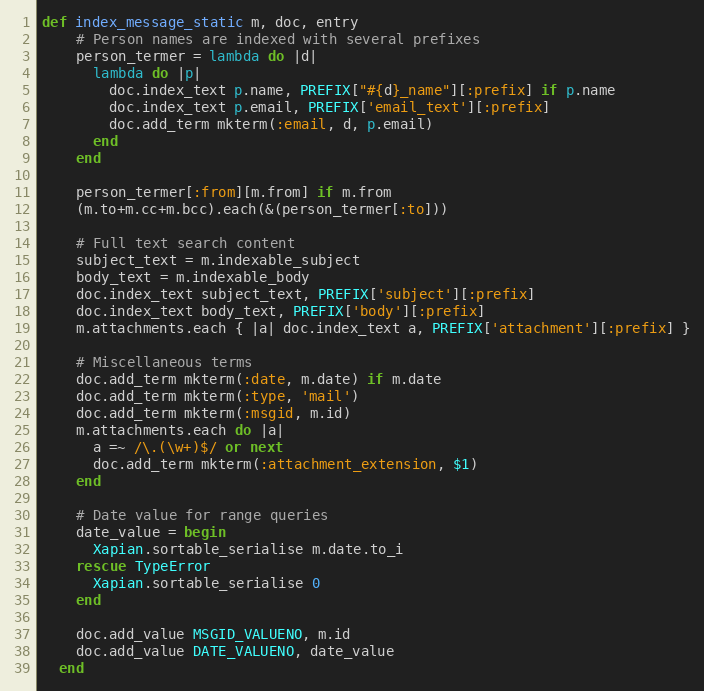
Language: Ruby
def index_message_static m, doc, entry
    # Person names are indexed with several prefixes
    person_termer = lambda do |d|
      lambda do |p|
        doc.index_text p.name, PREFIX["#{d}_name"][:prefix] if p.name
        doc.index_text p.email, PREFIX['email_text'][:prefix]
        doc.add_term mkterm(:email, d, p.email)
      end
    end

    person_termer[:from][m.from] if m.from
    (m.to+m.cc+m.bcc).each(&(person_termer[:to]))

    # Full text search content
    subject_text = m.indexable_subject
    body_text = m.indexable_body
    doc.index_text subject_text, PREFIX['subject'][:prefix]
    doc.index_text body_text, PREFIX['body'][:prefix]
    m.attachments.each { |a| doc.index_text a, PREFIX['attachment'][:prefix] }

    # Miscellaneous terms
    doc.add_term mkterm(:date, m.date) if m.date
    doc.add_term mkterm(:type, 'mail')
    doc.add_term mkterm(:msgid, m.id)
    m.attachments.each do |a|
      a =~ /\.(\w+)$/ or next
      doc.add_term mkterm(:attachment_extension, $1)
    end

    # Date value for range queries
    date_value = begin
      Xapian.sortable_serialise m.date.to_i
    rescue TypeError
      Xapian.sortable_serialise 0
    end

    doc.add_value MSGID_VALUENO, m.id
    doc.add_value DATE_VALUENO, date_value
  end